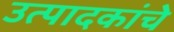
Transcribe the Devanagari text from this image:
उत्पादकांचे